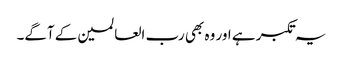
یہ تکبر ہے اور وہ بھی رب العالمین کے آگے۔